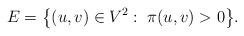
LaTeX: \begin{align*}E=\big\{(u,v)\in V^2:\; \pi(u,v)>0\big\}.\end{align*}